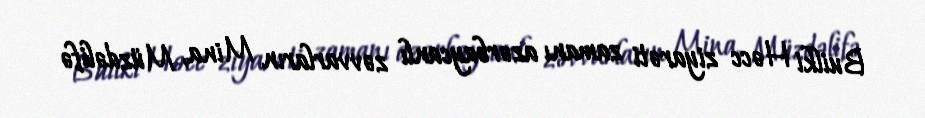
Builki Həcc ziyarəti zamanı azərbaycanlı zəvvarların Mina, Müzdəlifə